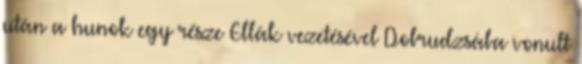
után a hunok egy része Ellák vezetésével Dobrudzsába vonult